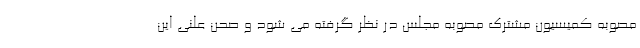
مصوبه کمیسیون مشترک مصوبه مجلس در نظر گرفته می شود و صحن علنی این